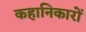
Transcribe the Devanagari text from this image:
कहानिकारों